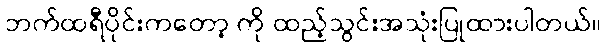
ဘက်ထရီပိုင်းကတော့ ကို ထည့်သွင်းအသုံးပြုထားပါတယ်။